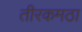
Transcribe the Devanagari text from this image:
तीरकमठा